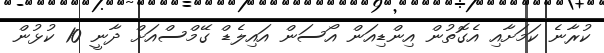
ކުރާނެ ކަމަށާއި އެގޮތުން އިންޑިއަން އޯސަން އައިލެޑް ގޭމްސްއަށް ދާނީ 10 ކުޅުން